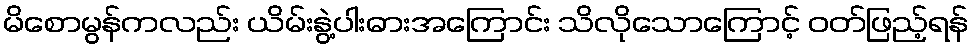
မိစောမွန်ကလည်း ယိမ်းနွဲ့ပါးဓားအကြောင်း သိလိုသောကြောင့် ဝတ်ဖြည့်ရန်